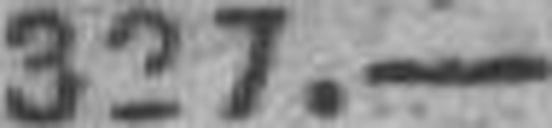
327.—